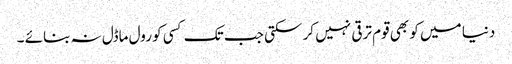
دنیا میں کو بھی قوم ترقی نہیں کر سکتی جب تک کسی کو رول ماڈل نہ بنائے ۔